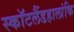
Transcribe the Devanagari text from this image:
स्कॉटलैंडहालांकि